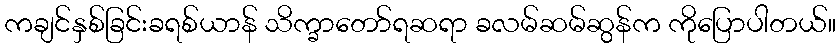
ကချင်နှစ်ခြင်းခရစ်ယာန် သိက္ခာတော်ရဆရာ ခလမ်ဆမ်ဆွန်က ကိုပြောပါတယ်။